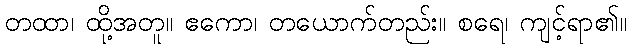
တထာ၊ ထို့အတူ။ ဧကော၊ တယောက်တည်း။ စရေ၊ ကျင့်ရာ၏။